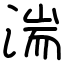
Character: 湍